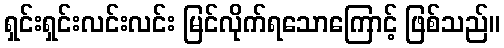
ရှင်းရှင်းလင်းလင်း မြင်လိုက်ရသောကြောင့် ဖြစ်သည်။